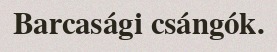
Barcasági csángók.